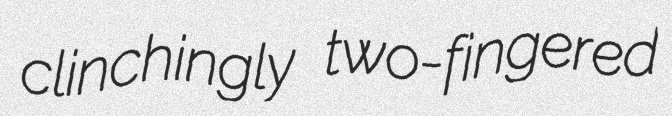
clinchingly two-fingered